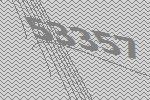
53357